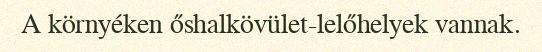
A környéken őshalkövület-lelőhelyek vannak.